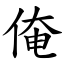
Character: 俺